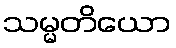
သမ္မတိယော